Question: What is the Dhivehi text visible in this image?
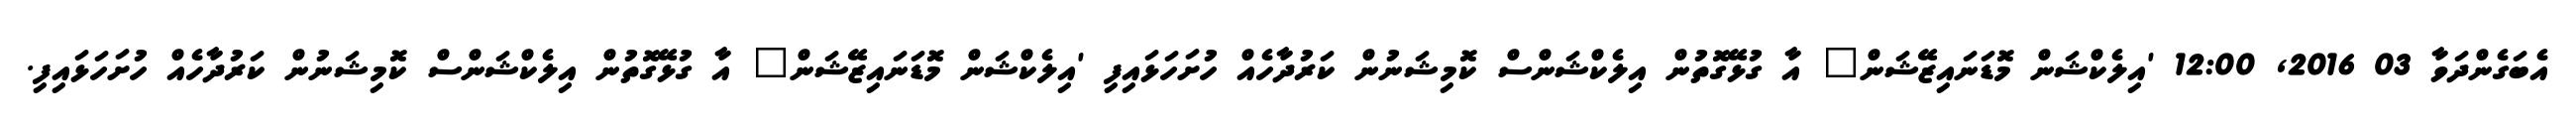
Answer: އެބަގެންދަވާ 03 2016, 12:00 'އިލެކްޝަން މޮޑަނައިޒޭޝަން" އާ ގުޅޭގޮތުން އިލެކްޝަންސް ކޮމިޝަނުން ކަރުދާހެއް ހުށަހަޅައިފި 'އިލެކްޝަން މޮޑަނައިޒޭޝަން" އާ ގުޅޭގޮތުން އިލެކްޝަންސް ކޮމިޝަނުން ކަރުދާހެއް ހުށަހަޅައިފި.